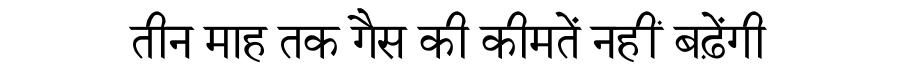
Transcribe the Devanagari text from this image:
तीन माह तक गैस की कीमतें नहीं बढ़ेंगी